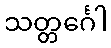
သတ္တင်္ဂေါ